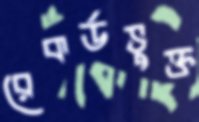
রেকর্ডভুক্ত